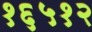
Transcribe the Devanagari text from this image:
१६५१२